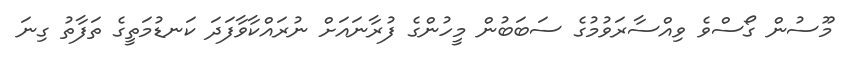
މޫސުން ގޯސްވެ ވިއްސާރަވުމުގެ ސަބަބުން މީހުންގެ ފުރާނައަށް ނުރައްކާވާފަދަ ކަނޑުމަތީގެ ތަފާތު ގިނަ